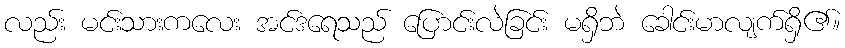
လည်း မင်းသားကလေး အင်ဒရေသည် ပြောင်းလဲခြင်း မရှိဘဲ ခေါင်းမာလျက်ရှိ၏။